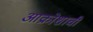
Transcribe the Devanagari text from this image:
आक्रोशाची